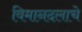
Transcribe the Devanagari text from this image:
विमानदलाचे